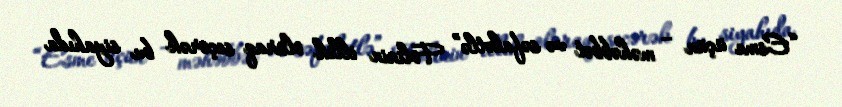
“Esme üçün – məhəbbət və səfalətlə” Folinin illik olaraq seçərək bu siyahıda